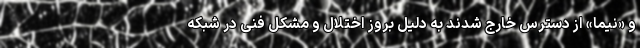
و «نیما» از دسترس خارج شدند به دلیل بروز اختلال و مشکل فنی در شبکه